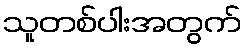
သူတစ်ပါးအတွက်